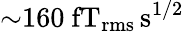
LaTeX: {\sim}160~\mathrm{fT_{rms}\, s^{1/2}}